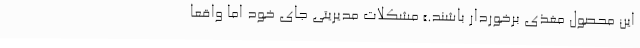
این محصول مغذی برخوردار باشند.» مشکلات مدیریتی جای خود اما واقعا